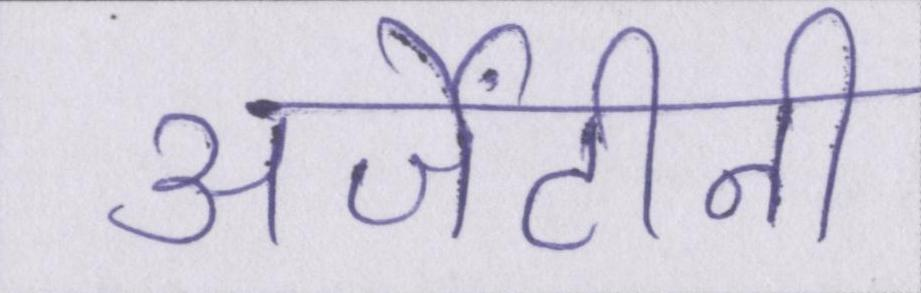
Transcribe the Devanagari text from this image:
अर्जेंटीनी